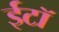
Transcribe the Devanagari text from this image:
ईटॉ